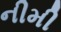
નીમી